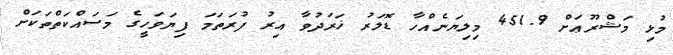
މުޅި މަޝްރޫޢަށް 451.9 މިލިޔަނެއްހާ ޑޮލަރު ޚަރަދުވާ އިރު ފުރަތަމަ ފިޔަވަހީގެ މަސައްކަތްތަކަށް